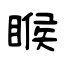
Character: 睺